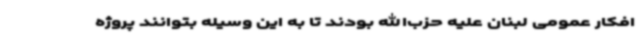
افکار عمومی لبنان علیه حزب‌الله بودند تا به این وسیله بتوانند پروژه